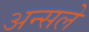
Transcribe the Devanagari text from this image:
अन्सले